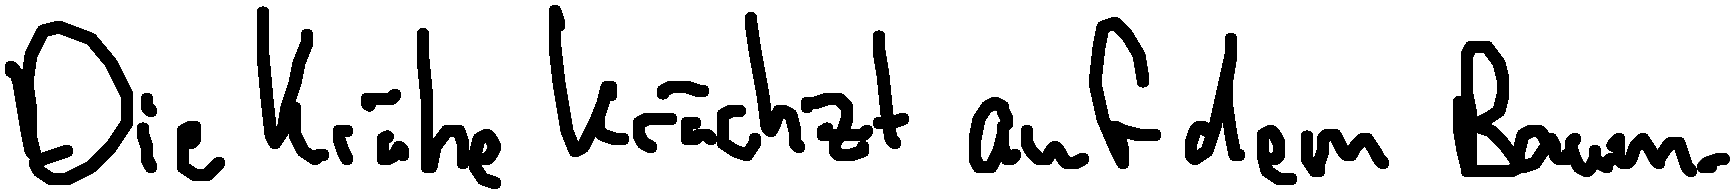
Die Krähe krächzt auf dem Baum.